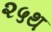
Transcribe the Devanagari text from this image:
२५थ